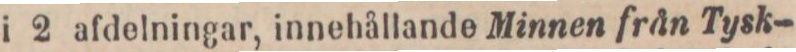
i 2 afdelningar, innehållande Minnen från Tysk-